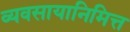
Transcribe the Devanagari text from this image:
व्यवसायानिमित्त